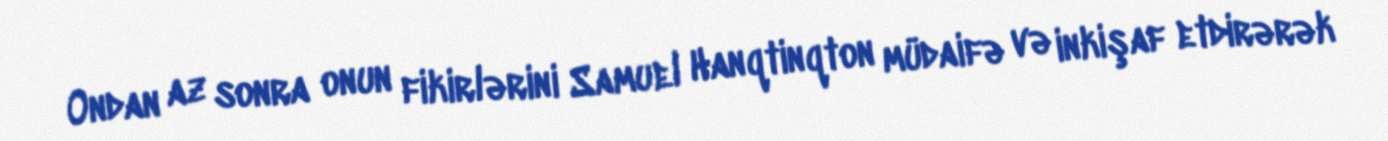
Ondan az sonra onun fikirlərini Samuel Hanqtinqton müdaifə və inkişaf etdirərək